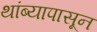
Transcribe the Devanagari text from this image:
थांब्यापासून